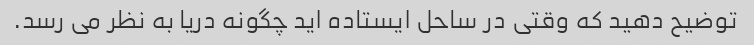
توضیح دهید که وقتی در ساحل ایستاده اید چگونه دریا به نظر می رسد.